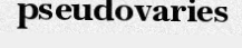
pseudovaries